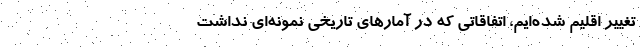
تغییر اقلیم شده‌ایم، اتفاقاتی که در آمارهای تاریخی نمونه‌ای نداشت